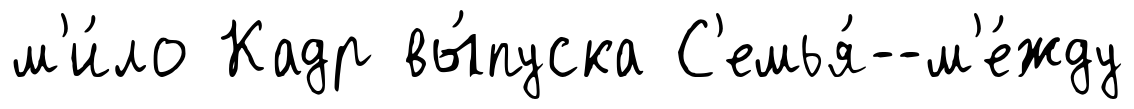
м'и́ло Кадр вы́пуска С'емья́--м'е́жду